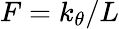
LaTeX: F=k_{\theta}/L